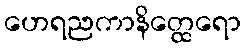
ဟေရညကာနိတ္ထေရော